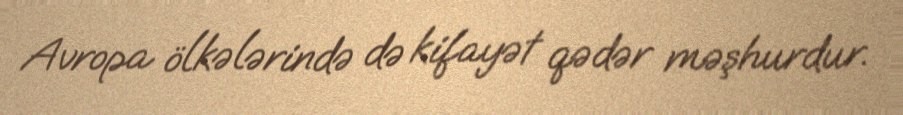
Avropa ölkələrində də kifayət qədər məşhurdur.